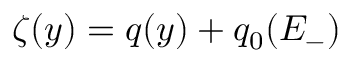
\zeta ( y ) = q ( y ) + q _ { 0 } ( E _ { - } )